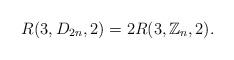
LaTeX: \begin{align*}R(3,D_{2n},2)=2R(3,\mathbb{Z}_n,2).\end{align*}